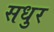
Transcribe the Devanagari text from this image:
सधुर